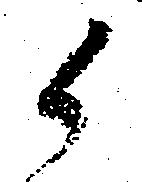
候